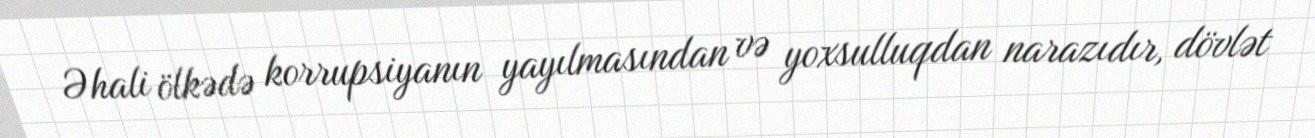
Əhali ölkədə korrupsiyanın yayılmasından və yoxsulluqdan narazıdır, dövlət